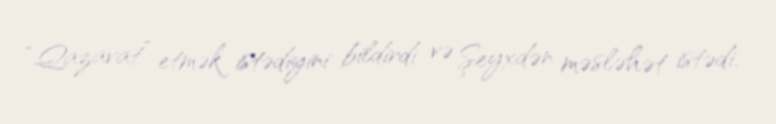
“Qazavat” etmək istədiyini bildirdi və Şeyxdən məsləhət istədi.